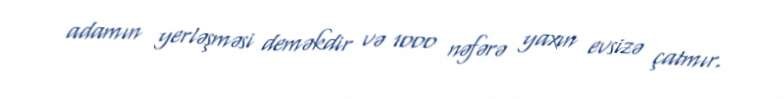
adamın yerləşməsi deməkdir və 1000 nəfərə yaxın evsizə çatmır.